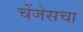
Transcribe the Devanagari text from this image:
चेंजेसचा